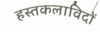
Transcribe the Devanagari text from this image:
हस्तकलाविदों